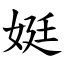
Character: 娗